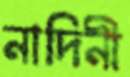
নাদিনী